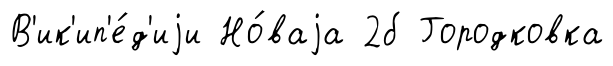
В'ик'ип'е́д'иjи Но́ваjа 2б Городковка